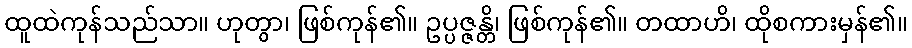
ထူထဲကုန်သည်သာ။ ဟုတွာ၊ ဖြစ်ကုန်၏။ ဥပ္ပဇ္ဇန္တိ၊ ဖြစ်ကုန်၏။ တထာဟိ၊ ထိုစကားမှန်၏။